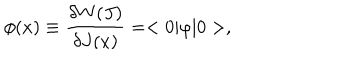
\phi ( x ) \equiv { \frac { \delta W ( J ) } { \delta J ( x ) } } = < 0 | \varphi | 0 > ,